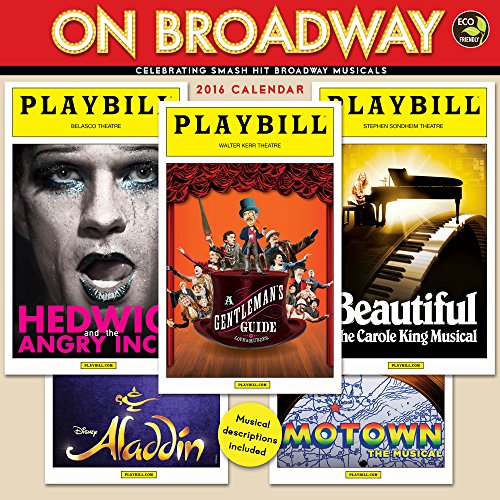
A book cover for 2016 On Broadway Wall Calendar; Playbill; Calendars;